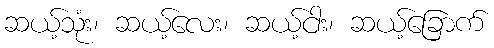
ဆယ့်သုံး၊ ဆယ့်လေး၊ ဆယ့်ငါး၊ ဆယ့်ခြောက်